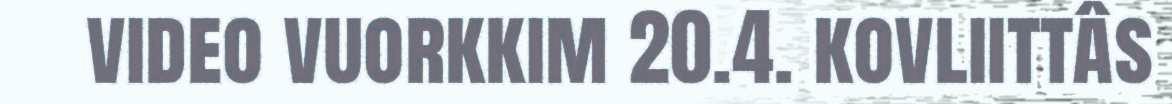
video vuorkkim 20.4. kovliittâs